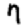
Digit: 7